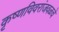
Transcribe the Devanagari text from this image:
कृष्णविवरांजवळचे